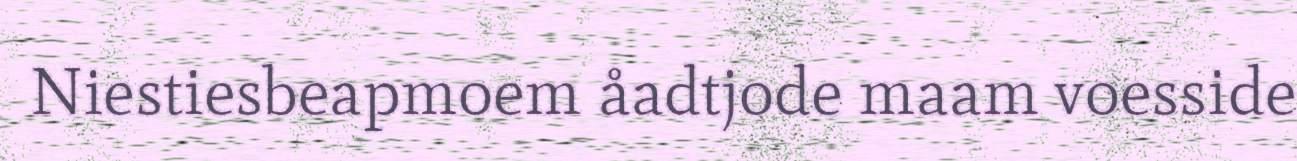
Niestiesbeapmoem åadtjode maam voesside